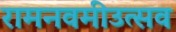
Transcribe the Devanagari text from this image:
रामनवमीउत्सव